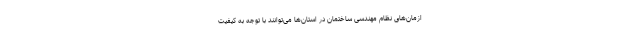
ازمان‌های نظام مهندسی ساختمان در استان‌ها می‌توانند با توجه به کیفیت